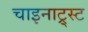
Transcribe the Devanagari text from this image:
चाइनाट्र्स्ट